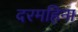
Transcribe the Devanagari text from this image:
दरमहिना